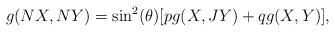
LaTeX: \begin{align*}g(NX,NY)=\sin^2(\theta)[pg(X,JY)+qg(X,Y)],\end{align*}